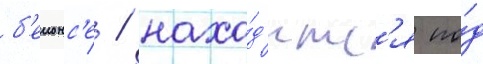
б'еионс'е / нахо́д'итс'я по́д